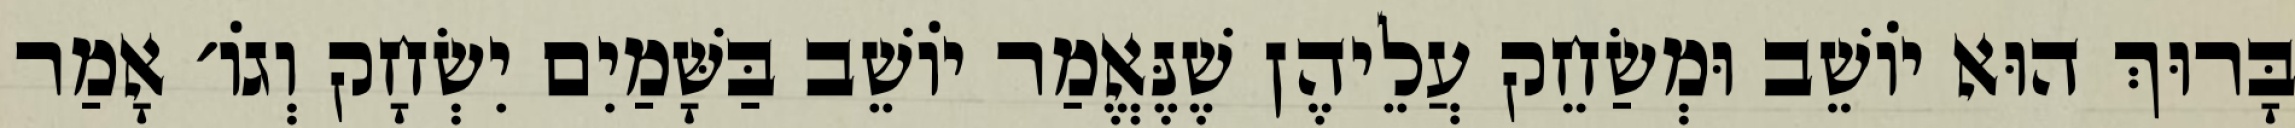
בָּרוּךְ הוּא יוֹשֵׁב וּמְשַׂחֵק עֲלֵיהֶן שֶׁנֶּאֱמַר יוֹשֵׁב בַּשָּׁמַיִם יִשְׂחָק וְגוֹ׳ אָמַר